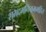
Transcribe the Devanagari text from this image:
शमदमनियममहित